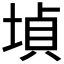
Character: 𡎞